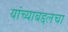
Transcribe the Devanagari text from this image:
यांच्याबद्दलचा